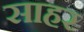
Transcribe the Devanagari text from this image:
साहर